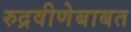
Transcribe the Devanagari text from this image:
रुद्रवीणेबाबत